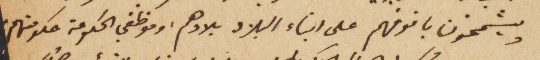
ويشمخون بانوفهم على ابناء البلاد بلادهم، وموظفي الحكومة حكومتهم.